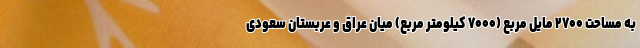
به مساحت ۲۷۰۰ مایل مربع (۷۰۰۰ کیلومتر مربع) میان عراق و عربستان سعودی